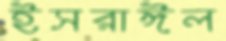
ইসরাঈল